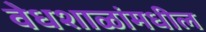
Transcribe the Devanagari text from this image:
वेधशाळांमधील